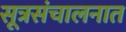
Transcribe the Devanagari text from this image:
सूत्रसंचालनात